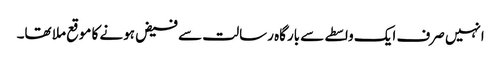
انہیں صرف ایک واسطے سے بارگاہ رسالت سے فیض ہونے کا موقع ملا تھا۔